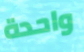
واحدة